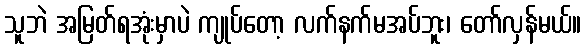
သူဘဲ အမြတ်ရအုံးမှာပဲ ကျုပ်တော့ လက်နက်မအပ်ဘူး၊ တော်လှန်မယ်။